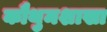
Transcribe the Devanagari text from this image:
कौथुमशाखा